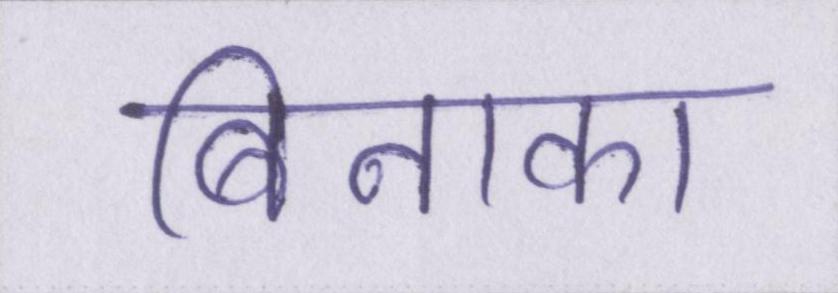
बिनाका